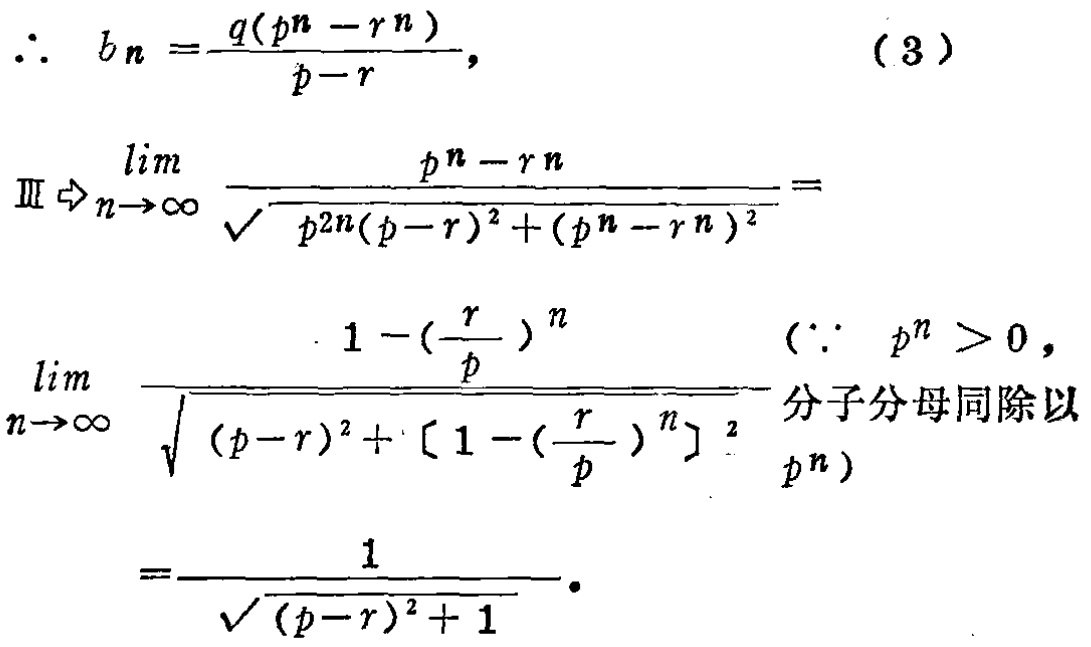
\[\begin{align*}

\therefore\ b_n&=\frac{q(p^n - r^n)}{p - r}, \quad(3)\\

\III\Rightarrow\lim_{n\rightarrow\infty}\frac{p^n - r^n}{\sqrt{p^{2n}(p - r)^2+(p^n - r^n)^2}}&=\\

\lim_{n\rightarrow\infty}\frac{1 - (\frac{r}{p})^n}{\sqrt{(p - r)^2+[1 - (\frac{r}{p})^n]^2}}&\quad(\because\ p^n>0,\text{ 分子分母同除以 }p^n)\\

&=\frac{1}{\sqrt{(p - r)^2 + 1}}

\end{align*}\]